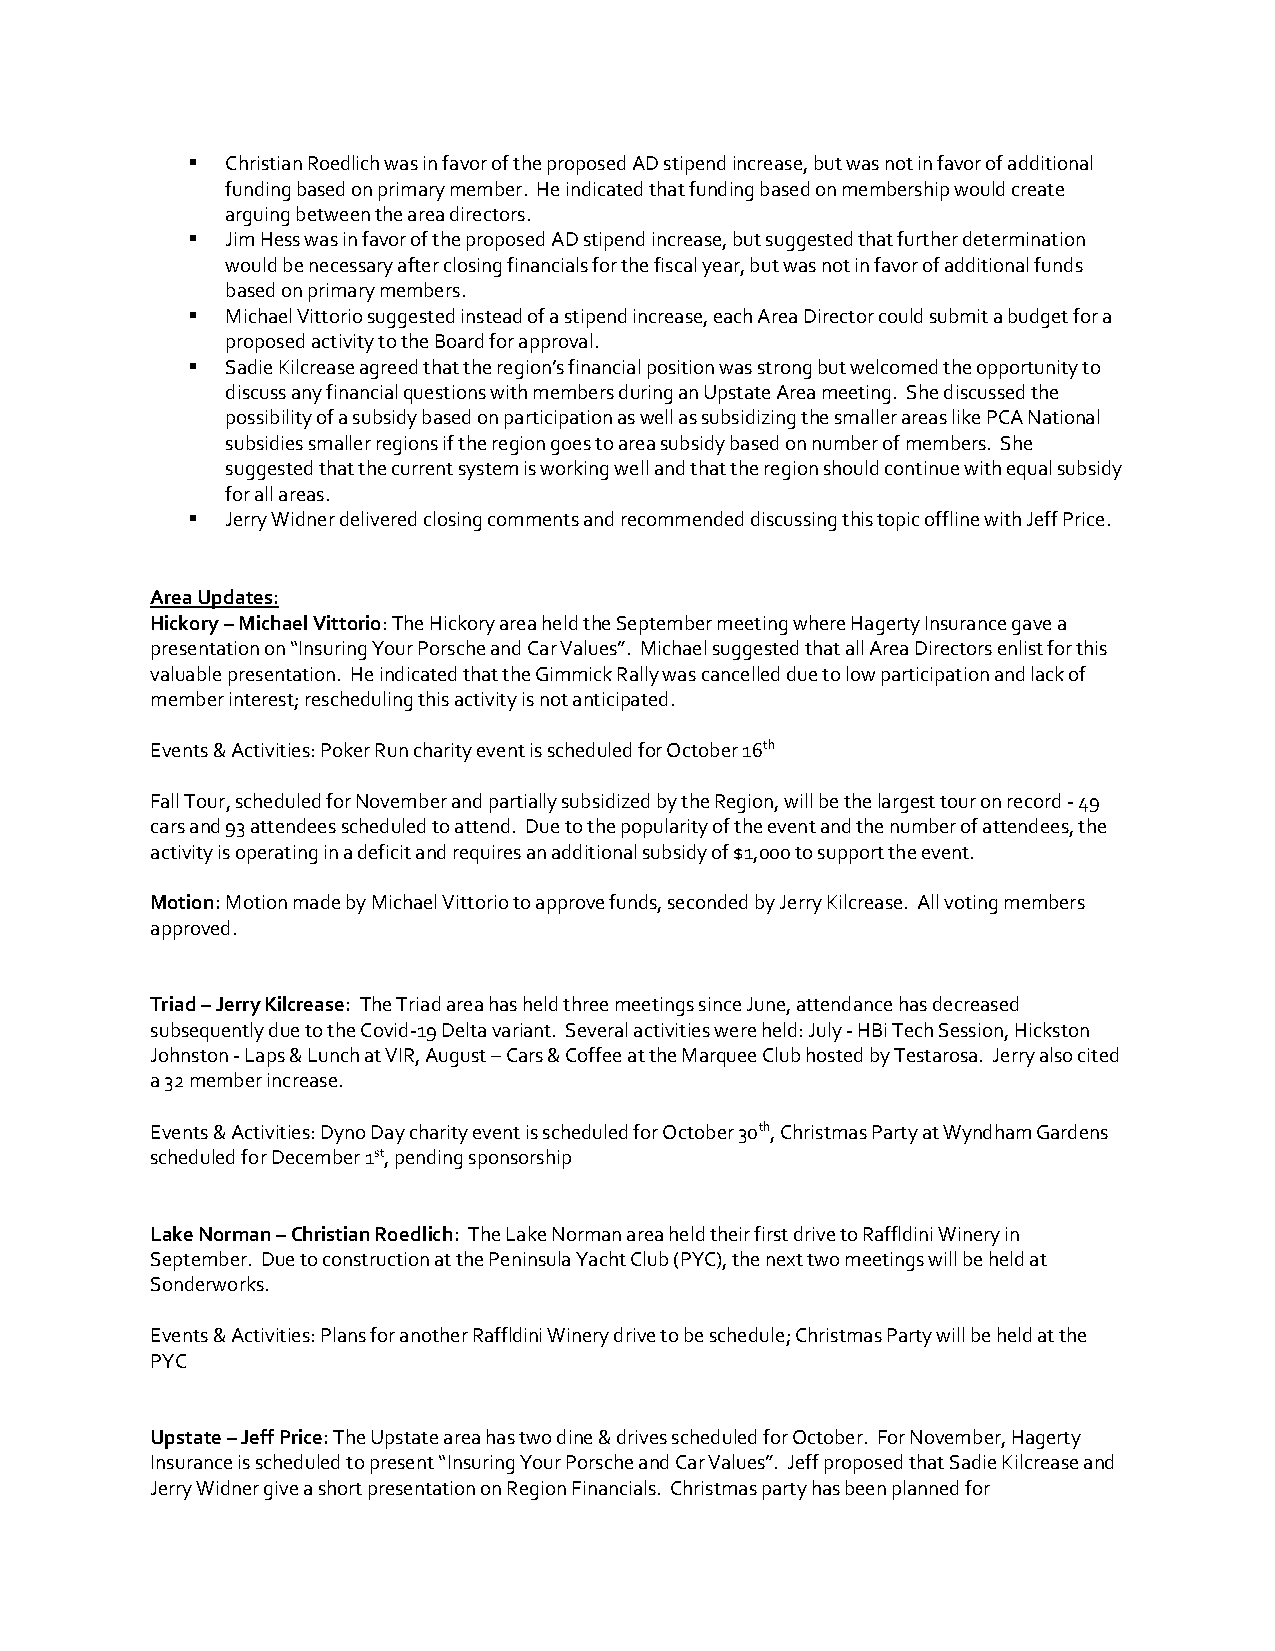
▪  Christian Roedlich was in favor of the proposed AD stipend increase, but was not in favor of additional
 funding based on primary member. He indicated that funding based on membership would create
 arguing between the area directors.
 ▪  Jim Hess was in favor of the proposed AD stipend increase, but suggested that further determination
 would be necessary after closing financials for the fiscal year, but was not in favor of additional funds
 based on primary members.
 ▪  Michael Vittorio suggested instead of a stipend increase, each Area Director could submit a budget for a
 proposed activity to the Board for approval.
 ▪  Sadie Kilcrease agreed that the region’s financial position was strong but welcomed the opportunity to
 discuss any financial questions with members during an Upstate Area meeting. She discussed the
 possibility of a subsidy based on participation as well as subsidizing the smaller areas like PCA National
 subsidies smaller regions if the region goes to area subsidy based on number of members. She
 suggested that the current system is working well and that the region should continue with equal subsidy
 for all areas.
 ▪  Jerry Widner delivered closing comments and recommended discussing this topic offline with Jeff Price.
 Area Updates:
 Hickory – Michael Vittorio: The Hickory area held the September meeting where Hagerty Insurance gave a
 presentation on “Insuring Your Porsche and Car Values”. Michael suggested that all Area Directors enlist for this
 valuable presentation. He indicated that the Gimmick Rally was cancelled due to low participation and lack of
 member interest; rescheduling this activity is not anticipated.
 Events & Activities: Poker Run charity event is scheduled for October 16th
 Fall Tour, scheduled for November and partially subsidized by the Region, will be the largest tour on record - 49
 cars and 93 attendees scheduled to attend. Due to the popularity of the event and the number of attendees, the
 activity is operating in a deficit and requires an additional subsidy of $1,000 to support the event.
 Motion: Motion made by Michael Vittorio to approve funds, seconded by Jerry Kilcrease. All voting members
 approved.
 Triad – Jerry Kilcrease: The Triad area has held three meetings since June, attendance has decreased
 subsequently due to the Covid-19 Delta variant. Several activities were held: July - HBi Tech Session, Hickston
 Johnston - Laps & Lunch at VIR, August – Cars & Coffee at the Marquee Club hosted by Testarosa. Jerry also cited
 a 32 member increase.
 Events & Activities: Dyno Day charity event is scheduled for October 30th, Christmas Party at Wyndham Gardens
 scheduled for December 1st, pending sponsorship
 Lake Norman – Christian Roedlich: The Lake Norman area held their first drive to Raffldini Winery in
 September. Due to construction at the Peninsula Yacht Club (PYC), the next two meetings will be held at
 Sonderworks.
 Events & Activities: Plans for another Raffldini Winery drive to be schedule; Christmas Party will be held at the
 PYC
 Upstate – Jeff Price: The Upstate area has two dine & drives scheduled for October. For November, Hagerty
 Insurance is scheduled to present “Insuring Your Porsche and Car Values”. Jeff proposed that Sadie Kilcrease and
 Jerry Widner give a short presentation on Region Financials. Christmas party has been planned for